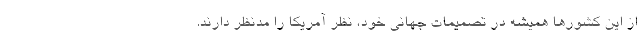
از این کشورها همیشه در تصمیمات جهانی خود، نظر آمریکا را مدنظر دارند.